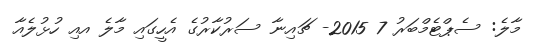
މާލެ: ސެޕްޓެމްބަރު 7 2015- ޗައިނާ ސަރުކާރުގެ އެހީގައި މާލެ އއި ހުޅުލެއާ